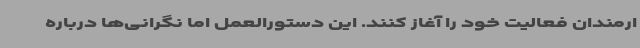
ارمندان فعالیت خود را آغاز کنند. این دستورالعمل اما نگرانی‌ها درباره